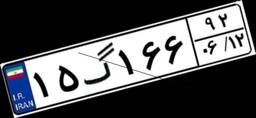
۱۵گ۱۶۶۹۲